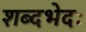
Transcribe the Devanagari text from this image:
शब्दभेदः